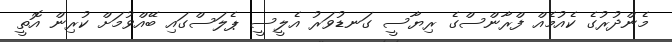
މެންދުރުގެ ކެއުމެއް ފްރާންސްގެ ރިޔާސީ ގަނޑުވަރު އެލީސީ ޕެލަސްގައި ބޭއްވުމަށް ކުރިން އޮތީ